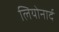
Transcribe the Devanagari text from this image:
लियोनार्द